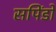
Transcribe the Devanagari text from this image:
सपिंडों